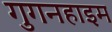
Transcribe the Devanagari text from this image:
गुगनहाइम